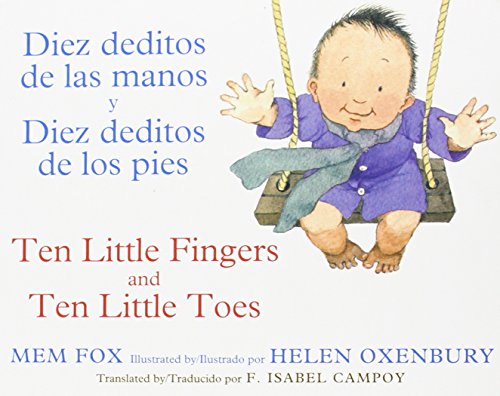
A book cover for Diez deditos de las manos y Diez deditos de los pies / Ten Little Fingers and Ten Little Toes bilingual board book (Spanish and English Edition); Mem Fox; Children's Books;